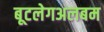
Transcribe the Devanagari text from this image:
बूटलेगअलबम